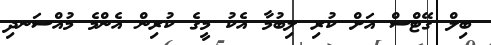
ބިލް ގޭޓްސް އަށް ކުރި ލިބުމާ އެކު މީގެ ކުރިން އެންމެ މުއްސަނދި